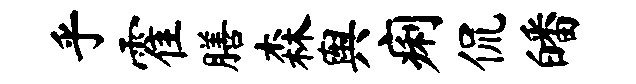
乎霍膳森舆痢侃皤